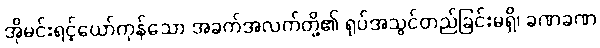
အိုမင်းရင့်ယော်ကုန်သော အခက်အလက်တို့၏ ရုပ်အသွင်တည်ခြင်းမရှိ၊ ခဏခဏ